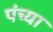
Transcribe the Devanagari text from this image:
पंच्या